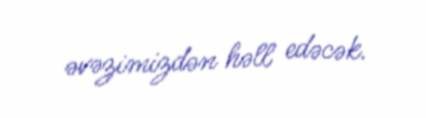
əvəzimizdən həll edəcək.